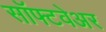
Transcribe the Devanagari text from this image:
साॅफ्टवेअर